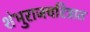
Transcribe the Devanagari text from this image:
शंभुराजचरित्रात